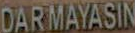
DARMAYASIN